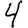
Digit: 4